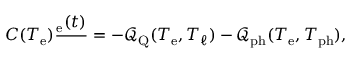
C ( T _ { \mathrm { e } } ) \frac { \d T _ { \mathrm { e } } ( t ) } { \d t } = - \mathcal { Q } _ { \mathrm { Q } } ( T _ { \mathrm { e } } , T _ { \ell } ) - \mathcal { Q } _ { \mathrm { p h } } ( T _ { \mathrm { e } } , T _ { \mathrm { p h } } ) ,